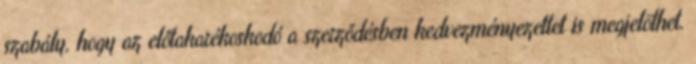
szabály, hogy az előtakarékoskodó a szerződésben kedvezményezettet is megjelölhet.